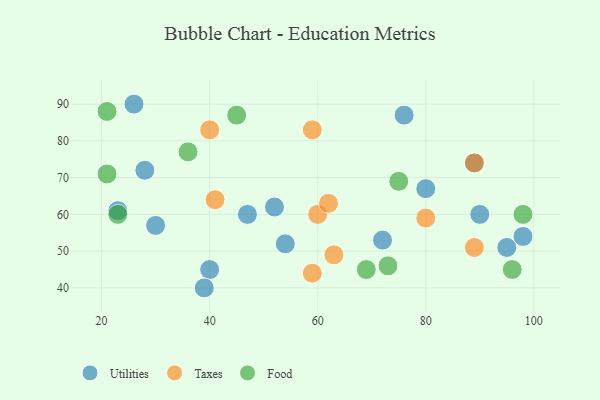
{"axis": {"x": "GDP", "y": "Life Expectancy"}, "legend": ["Food", "Taxes", "Utilities"], "data": [{"x": "47", "y": 60, "type": "Utilities"}, {"x": "72", "y": 53, "type": "Utilities"}, {"x": "76", "y": 87, "type": "Utilities"}, {"x": "52", "y": 62, "type": "Utilities"}, {"x": "40", "y": 45, "type": "Utilities"}, {"x": "54", "y": 52, "type": "Utilities"}, {"x": "28", "y": 72, "type": "Utilities"}, {"x": "80", "y": 67, "type": "Utilities"}, {"x": "39", "y": 40, "type": "Utilities"}, {"x": "89", "y": 74, "type": "Utilities"}, {"x": "95", "y": 51, "type": "Utilities"}, {"x": "90", "y": 60, "type": "Utilities"}, {"x": "23", "y": 61, "type": "Utilities"}, {"x": "26", "y": 90, "type": "Utilities"}, {"x": "30", "y": 57, "type": "Utilities"}, {"x": "98", "y": 54, "type": "Utilities"}, {"x": "59", "y": 83, "type": "Taxes"}, {"x": "63", "y": 49, "type": "Taxes"}, {"x": "60", "y": 60, "type": "Taxes"}, {"x": "59", "y": 44, "type": "Taxes"}, {"x": "89", "y": 51, "type": "Taxes"}, {"x": "89", "y": 74, "type": "Taxes"}, {"x": "80", "y": 59, "type": "Taxes"}, {"x": "41", "y": 64, "type": "Taxes"}, {"x": "62", "y": 63, "type": "Taxes"}, {"x": "40", "y": 83, "type": "Taxes"}, {"x": "75", "y": 69, "type": "Food"}, {"x": "73", "y": 46, "type": "Food"}, {"x": "36", "y": 77, "type": "Food"}, {"x": "45", "y": 87, "type": "Food"}, {"x": "69", "y": 45, "type": "Food"}, {"x": "98", "y": 60, "type": "Food"}, {"x": "23", "y": 60, "type": "Food"}, {"x": "21", "y": 71, "type": "Food"}, {"x": "21", "y": 88, "type": "Food"}, {"x": "96", "y": 45, "type": "Food"}]}